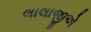
લાલાજીએ